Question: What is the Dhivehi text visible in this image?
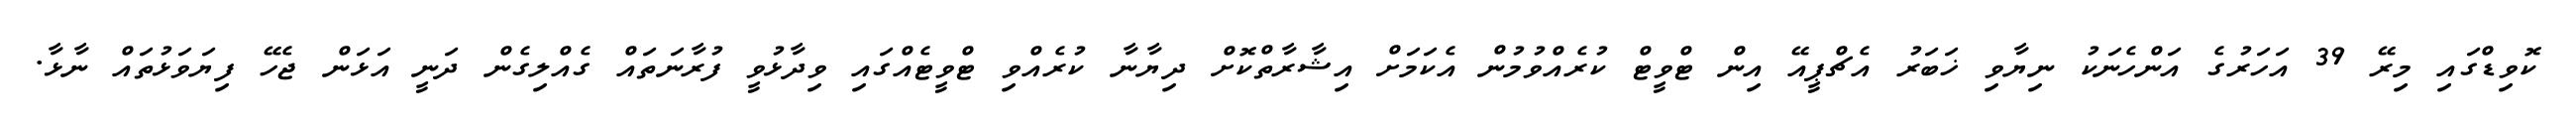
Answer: ކޮވިޑްގައި މިރޭ 39 އަހަރުގެ އަންހެނަކު ނިޔާވި ޚަބަރު އެޗްޕީއޭ އިން ޓްވީޓް ކުރެއްވުމުން އެކަމަށް އިޝާރާތްކޮށް ދިޔާނާ ކުރެއްވި ޓްވީޓެއްގައި ވިދާޅުވީ ފުރާނަތައް ގެއްލިގެން ދަނީ އަޅަން ޖެހޭ ފިޔަވަޅުތައް ނާޅާ.